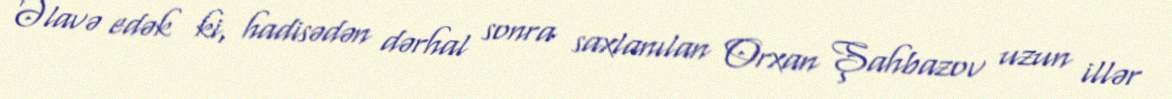
Əlavə edək ki, hadisədən dərhal sonra saxlanılan Orxan Şahbazov uzun illər